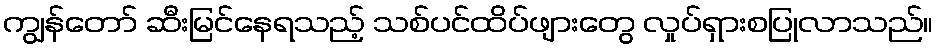
ကျွန်တော် ဆီးမြင်နေရသည့် သစ်ပင်ထိပ်ဖျားတွေ လှုပ်ရှားစပြုလာသည်။